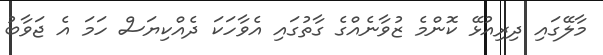
މާލޭގައި ދިރިއުޅޭ ކޮންމެ ޒުވާނެއްގެ ގާތުގައި އެވާހަކަ ދެއްކިޔަސް ހަމަ އެ ޖަވާބު